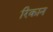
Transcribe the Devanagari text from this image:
रिकान